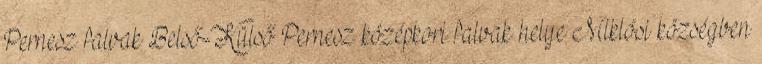
Pernesz falvak Belső-Külső Pernesz középkori falvak helye Miklósi községben